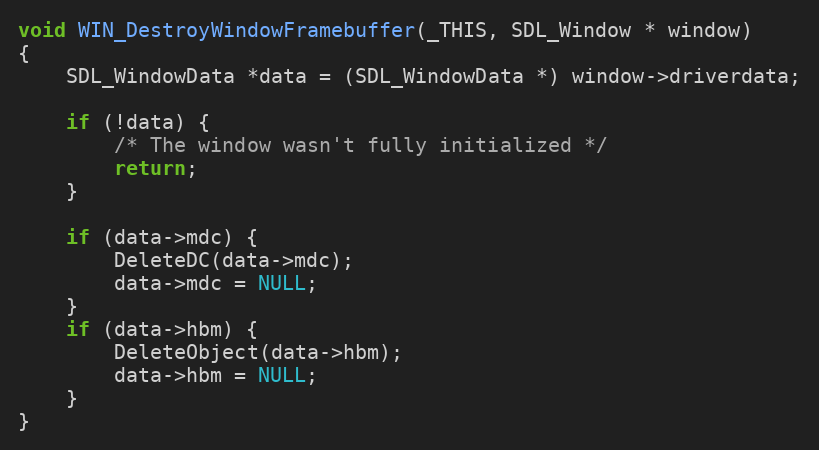
Language: C
void WIN_DestroyWindowFramebuffer(_THIS, SDL_Window * window)
{
    SDL_WindowData *data = (SDL_WindowData *) window->driverdata;

    if (!data) {
        /* The window wasn't fully initialized */
        return;
    }

    if (data->mdc) {
        DeleteDC(data->mdc);
        data->mdc = NULL;
    }
    if (data->hbm) {
        DeleteObject(data->hbm);
        data->hbm = NULL;
    }
}